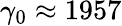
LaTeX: \gamma_{0}\approx 1957